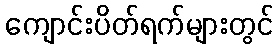
ကျောင်းပိတ်ရက်များတွင်